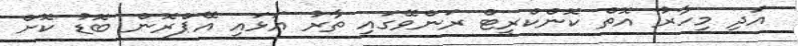
އަދި މިހާރު އޮތް ކޮންކްރީޓް ރަންވޭގައި ތާރު އަޅައި އޭޕްރޮން ބޮޑު ކޮށް